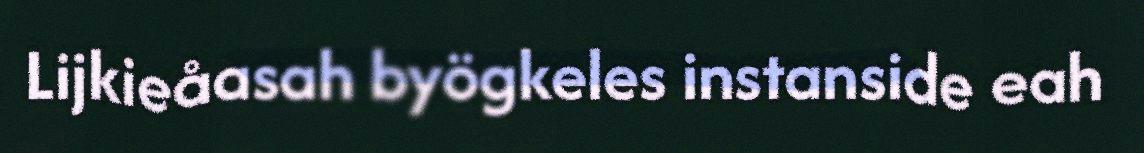
Lijkieåasah byögkeles instanside eah